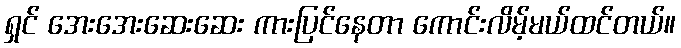
ရှင် အေးအေးဆေးဆေး ကားပြင်နေတာ ကောင်းလိမ့်မယ်ထင်တယ်။